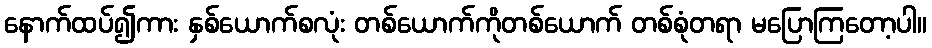
နောက်ထပ်၍ကား နှစ်ယောက်စလုံး တစ်ယောက်ကိုတစ်ယောက် တစ်စုံတရာ မပြောကြတော့ပါ။